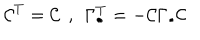
{ \cal C } ^ { T } = { \cal C } \: \: , \: \: \Gamma _ { \bullet } ^ { T } = - { \cal C } \Gamma _ { \bullet } { \cal C }